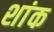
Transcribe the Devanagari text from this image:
शांक